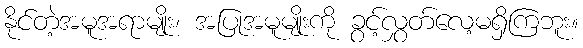
နိုင်တဲ့အမူအရာမျိုး၊ အပြုအမူမျိုးကို ခွင့်လွှတ်လေ့မရှိကြဘူး။